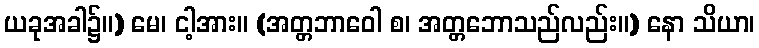
ယခုအခါ၌။) မေ၊ ငါ့အား။ (အတ္တဘာဝေါ စ၊ အတ္တဘောသည်လည်း။) နော သိယာ၊